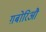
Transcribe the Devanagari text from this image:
ग़बोरिऔ